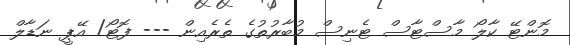
މޮންޓޭ ކާލޯ މާސްޓާސް ޓެނިސް މުބާރުތުގެ ތެރެއިން --- ފޮޓޯ/ އޭޕީ ނަޑާލް